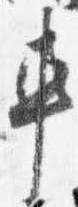
車